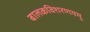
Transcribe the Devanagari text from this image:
बालकविशरणयमु